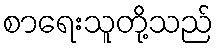
စာရေးသူတို့သည်